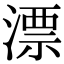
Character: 漂